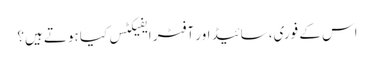
اس کے فوری، سائیڈ اور آفٹر ایفیکٹس کیا ہوتے ہیں؟